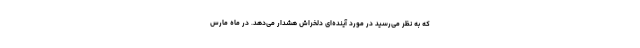
که به نظر می‌رسید در مورد آینده‌ای دلخراش هشدار می‌دهد. در ماه مارس